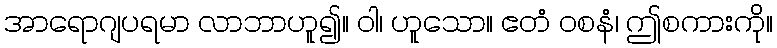
အာရောဂျပရမာ လာဘာဟူ၍။ ဝါ၊ ဟူသော။ ဧတံ ဝစနံ၊ ဤစကားကို။